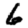
Digit: 6